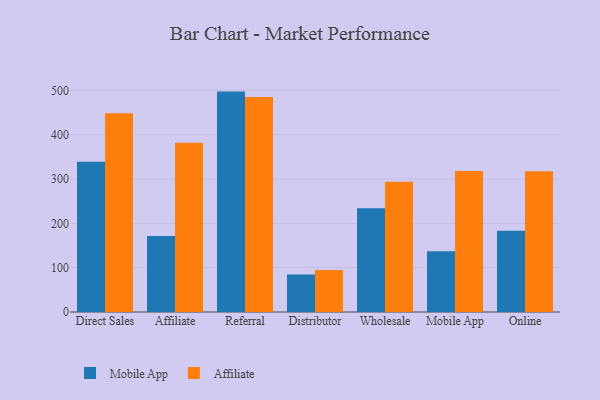
{"axis": {"x": "Channel", "y": "Net Income (USD K)"}, "legend": ["Affiliate", "Mobile App"], "data": [{"x": "Direct Sales", "y": 338.6, "type": "Mobile App"}, {"x": "Direct Sales", "y": 448.5, "type": "Affiliate"}, {"x": "Affiliate", "y": 171.6, "type": "Mobile App"}, {"x": "Affiliate", "y": 381.7, "type": "Affiliate"}, {"x": "Referral", "y": 497.1, "type": "Mobile App"}, {"x": "Referral", "y": 485.0, "type": "Affiliate"}, {"x": "Distributor", "y": 84.3, "type": "Mobile App"}, {"x": "Distributor", "y": 94.8, "type": "Affiliate"}, {"x": "Wholesale", "y": 234.0, "type": "Mobile App"}, {"x": "Wholesale", "y": 293.7, "type": "Affiliate"}, {"x": "Mobile App", "y": 136.8, "type": "Mobile App"}, {"x": "Mobile App", "y": 318.1, "type": "Affiliate"}, {"x": "Online", "y": 183.3, "type": "Mobile App"}, {"x": "Online", "y": 317.6, "type": "Affiliate"}]}